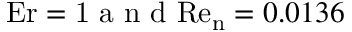
\mathrm { E r = 1 } \mathrm { ~ a ~ n ~ d ~ } \mathrm { R e _ { n } } = 0 . 0 1 3 6